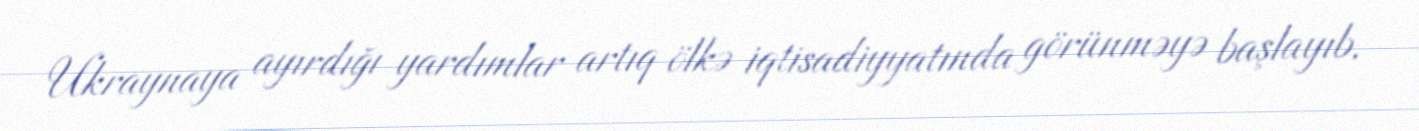
Ukraynaya ayırdığı yardımlar artıq ölkə iqtisadiyyatında görünməyə başlayıb.